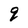
Character: q